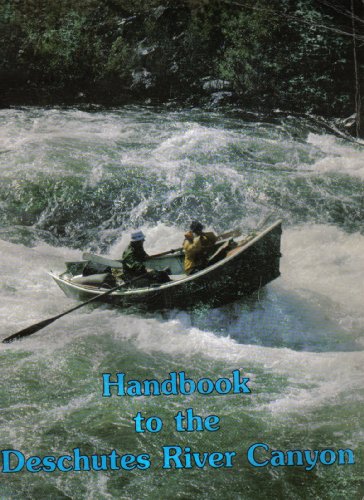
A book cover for Handbook to the Deschutes River Canyon; James M. Quinn; Sports & Outdoors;